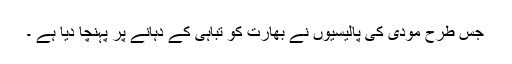
جس طرح مودی کی پالیسیوں نے بھارت کو تباہی کے دہانے پر پہنچا دیا ہے ۔